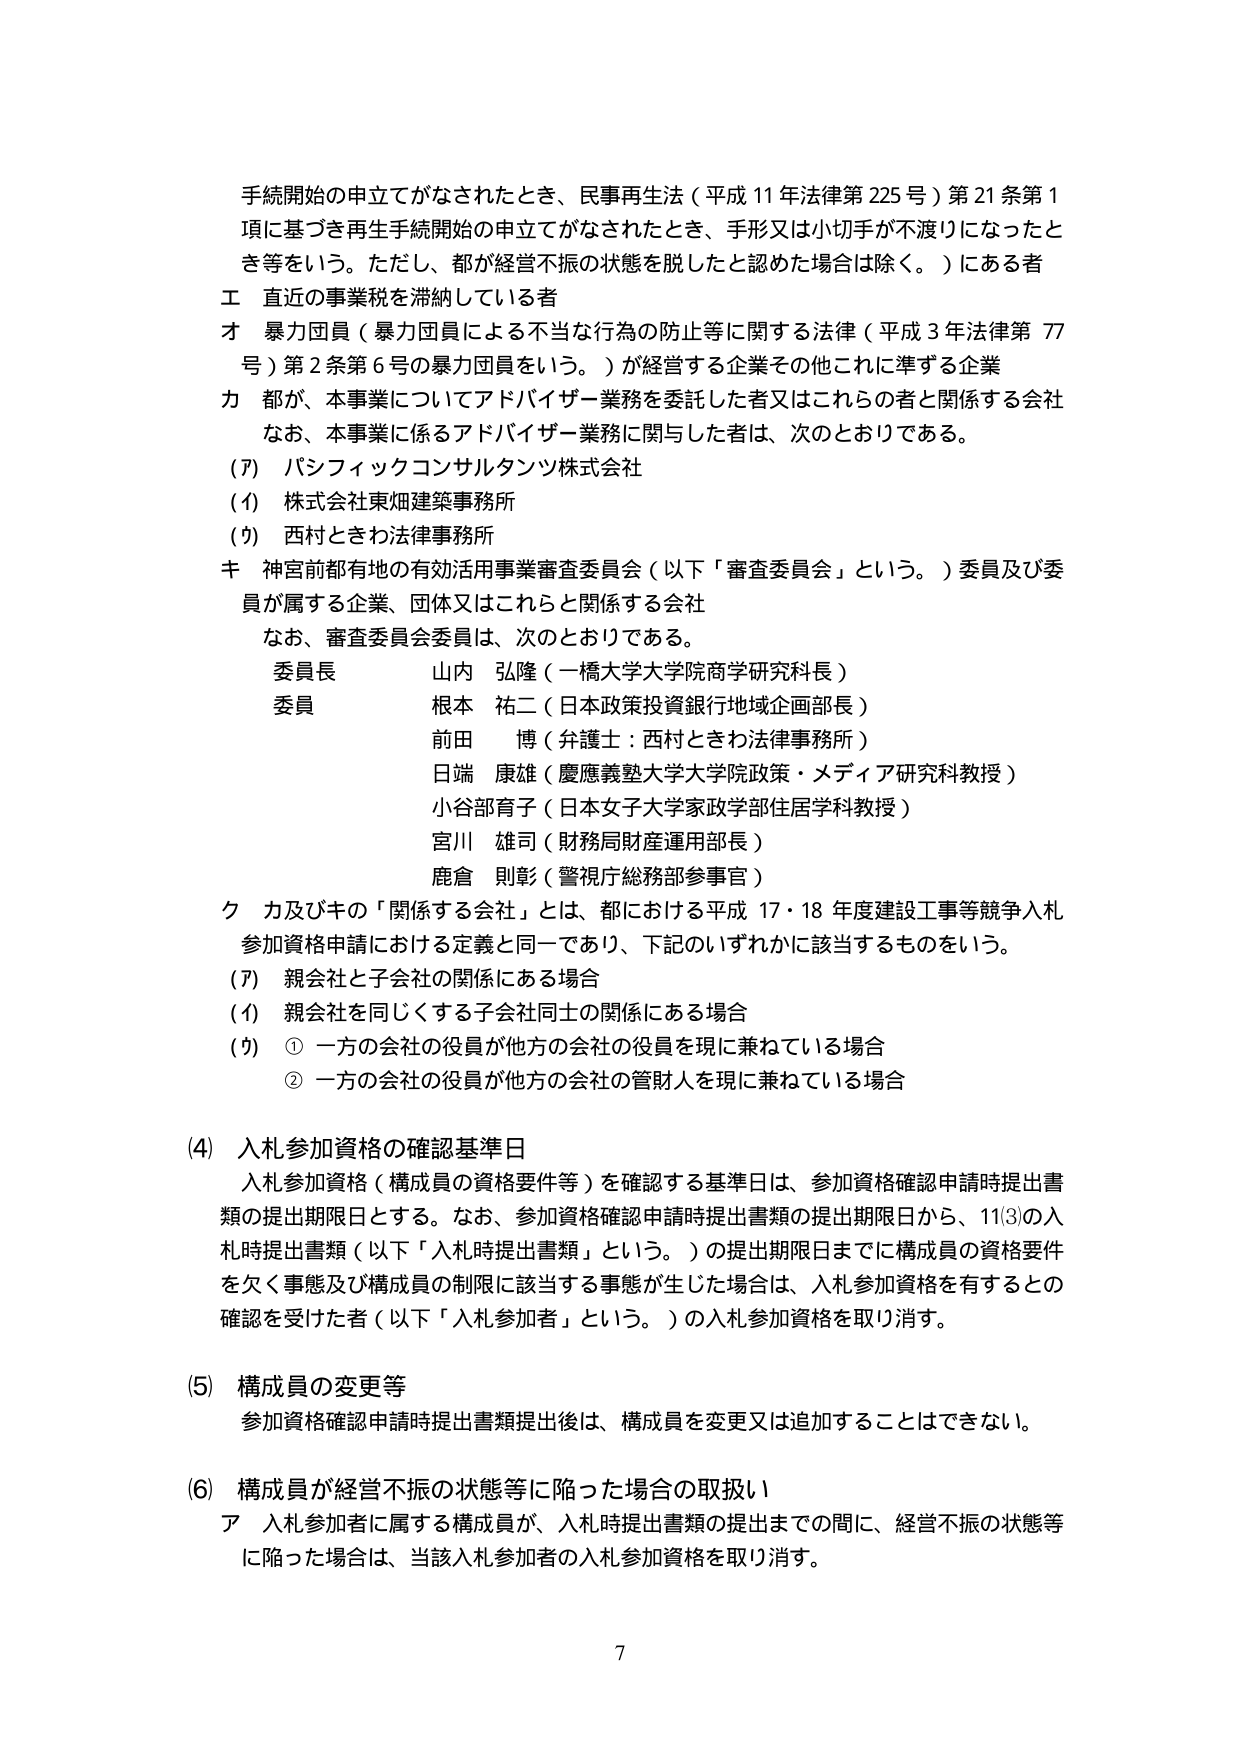
手続開始の申立てがなされたとき、民事再生法（平成11年法律第225号）第21条第1項に基づき再生手続開始の申立てがなされたとき、手形又は小切手が不渡りになったとき等をいう。ただし、都が経営不振の状態を脱したと認めた場合は除く。）にある者

エ　直近の事業税を滞納している者

オ　暴力団員（暴力団員による不当な行為の防止等に関する法律（平成3年法律第77号）第2条第6号の暴力団員をいう。）が経営する企業その他これに準ずる企業

カ　都が、本事業についてアドバイザー業務を委託した者又はこれらの者と関係する会社
　　なお、本事業に係るアドバイザー業務に関与した者は、次のとおりである。
　　(ｱ) パシフィックコンサルタンツ株式会社
　　(ｲ) 株式会社東畑建築事務所
　　(ｳ) 西村ときわ法律事務所

キ　神宮前都有地の有効活用事業審査委員会（以下「審査委員会」という。）委員及び委員が属する企業、団体又はこれらと関係する会社
　　なお、審査委員会委員は、次のとおりである。
　　　委員長　山内　弘隆（一橋大学大学院商学研究科長）
　　　委員　根本　祐二（日本政策投資銀行地域企画部長）
　　　　　　　前田　博（弁護士：西村ときわ法律事務所）
　　　　　　　日端　康雄（慶應義塾大学大学院政策・メディア研究科教授）
　　　　　　　小谷部育子（日本女子大学家政学部住居学科教授）
　　　　　　　宮川　雄司（財務局財産運用部長）
　　　　　　　鹿倉　則彰（警視庁総務部参事官）

ク　カ及びキの「関係する会社」とは、都における平成17・18年度建設工事等競争入札参加資格申請における定義と同一であり、下記のいずれかに該当するものをいう。
　　(ｱ) 親会社と子会社の関係にある場合
　　(ｲ) 親会社を同じくする子会社同士の関係にある場合
　　(ｳ) ① 一方の会社の役員が他方の会社の役員を現に兼ねている場合
　　　　② 一方の会社の役員が他方の会社の管財人を現に兼ねている場合

(4) 入札参加資格の確認基準日
　　入札参加資格（構成員の資格要件等）を確認する基準日は、参加資格確認申請時提出書類の提出期限日とする。なお、参加資格確認申請時提出書類の提出期限日から、11③の入札時提出書類（以下「入札時提出書類」という。）の提出期限日までに構成員の資格要件を欠く事態及び構成員の制限に該当する事態が生じた場合は、入札参加資格を有すると確認を受けた者（以下「入札参加者」という。）の入札参加資格を取り消す。

(5) 構成員の変更等
　　参加資格確認申請時提出書類提出後は、構成員を変更又は追加することはできない。

(6) 構成員が経営不振の状態等に陥った場合の取扱い
　　ア　入札参加者に属する構成員が、入札時提出書類の提出までの間に、経営不振の状態等に陥った場合は、当該入札参加者の入札参加資格を取り消す。

7